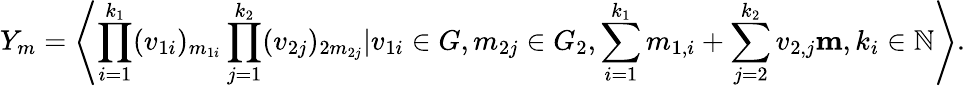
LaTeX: Y_{m}=\left\langle\prod_{i=1}^{k_{1}}(v_{1i})_{m_{1i}}\prod_{j=1}^{k_{2}}(v_{2j})_{2m_{2j}}|v_{1i}\in G,m_{2j}\in G_{2},\sum_{i=1}^{k_{1}}m_{1,i}+\sum_{j=2}^{k_{2}}v_{2,j}\le m,k_{i}\in\mathbb{N}\right\rangle.